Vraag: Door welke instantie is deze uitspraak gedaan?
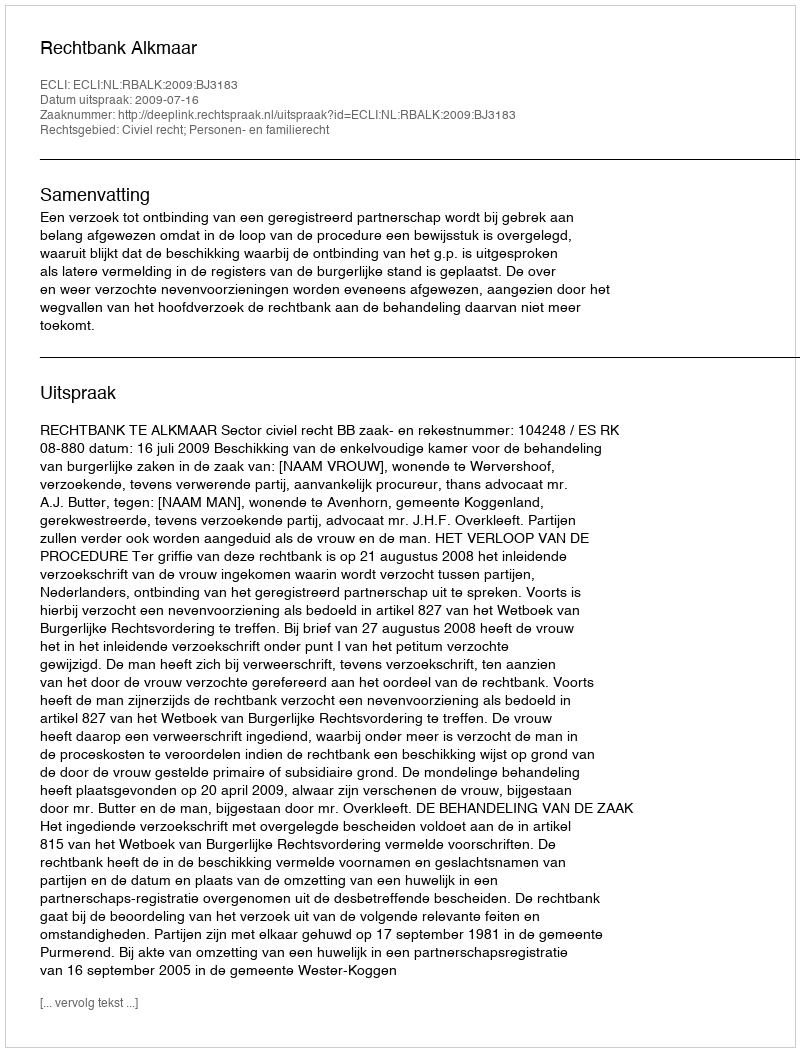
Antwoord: Rechtbank Alkmaar